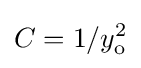
C=1/y_{\text{o}}^{2}